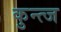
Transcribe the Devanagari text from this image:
कुन्त्ज